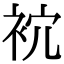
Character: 𧙇